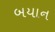
બયાન